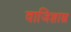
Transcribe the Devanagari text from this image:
वाजिशास्त्र